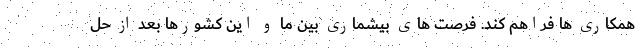
همکاری ها فراهم کند. فرصت های بیشماری بین ما و این کشورها بعد از حل